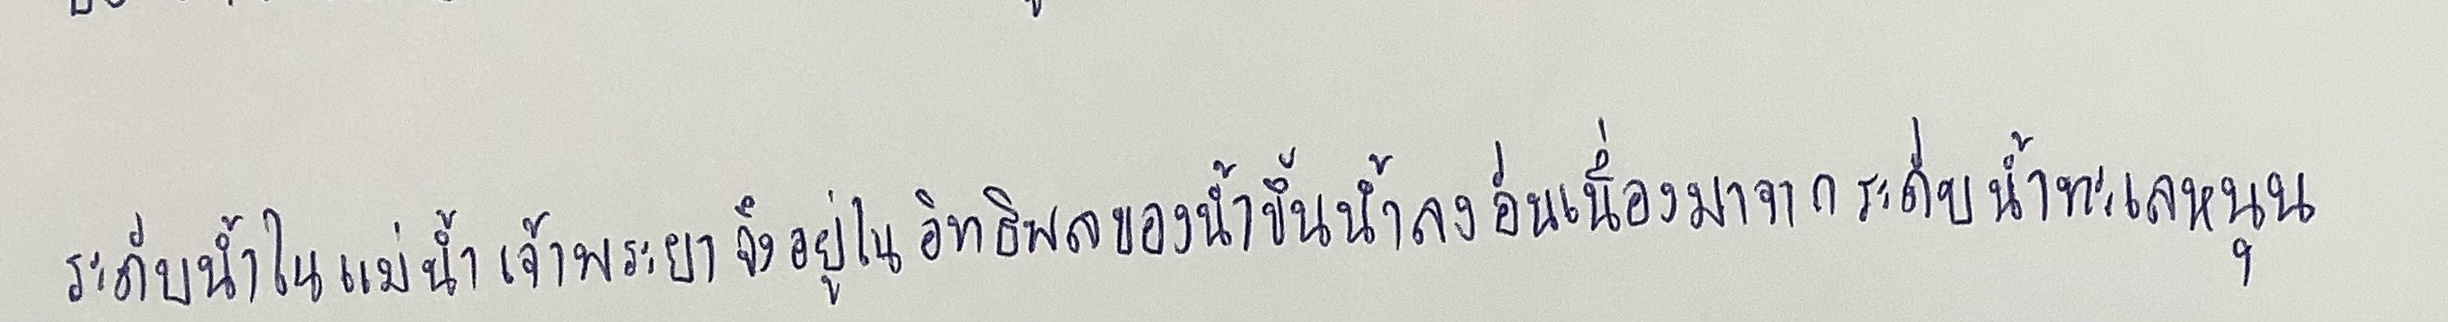
ระดับน้ำในแม่น้ำเจ้าพระยาจึงอยู่ในอิทธิพลของน้ำขึ้นน้ำลงอันเนื่องมาจากระดับน้ำทะเลหนุน